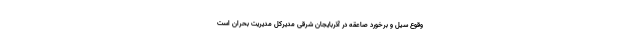
وقوع سیل و برخورد صاعقه در آذربایجان شرقی مدیرکل مدیریت بحران است